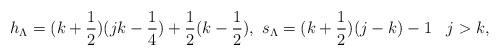
\begin{align*}h_{\Lambda}=(k+ \frac{1}{2} )( jk- \frac{1}{4} )+ \frac{1}{2}(k- \frac{1}{2}),\,\, s_{\Lambda}=(k+ \frac{1}{2})(j-k)-1\,\;\,\;j > k,\end{align*}